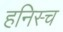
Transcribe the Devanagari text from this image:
हनिस्च